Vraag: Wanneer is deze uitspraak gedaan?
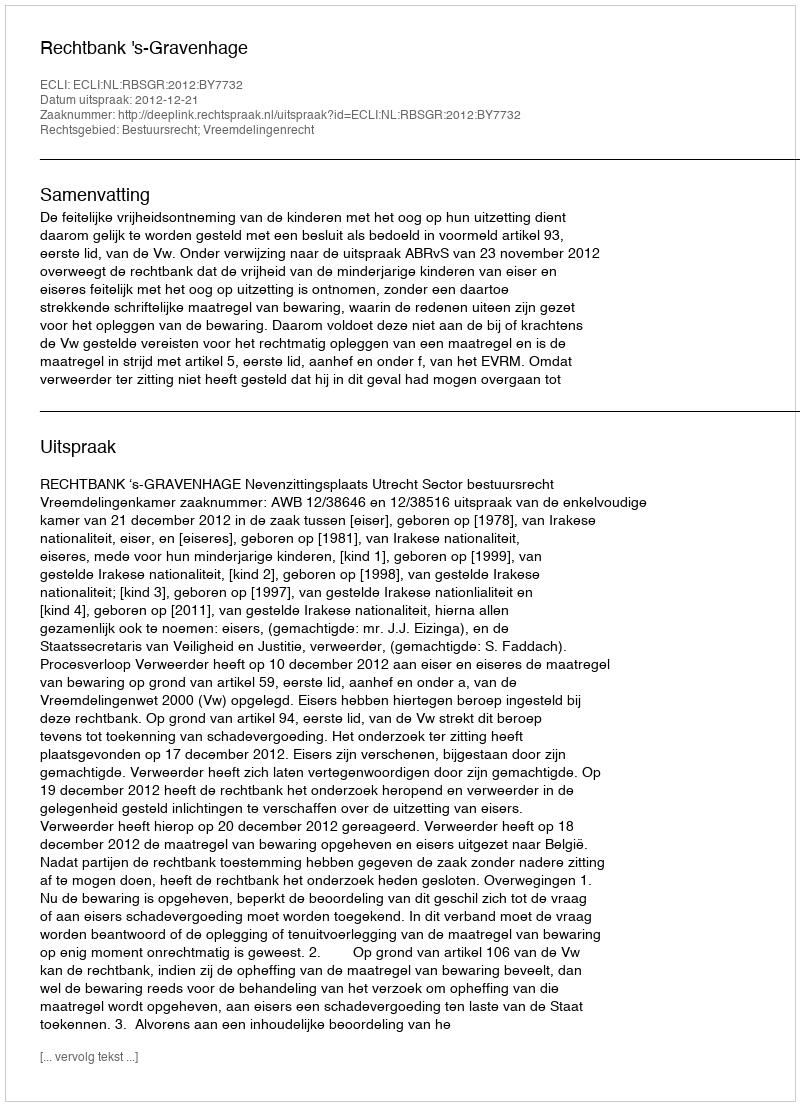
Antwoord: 2012-12-21